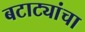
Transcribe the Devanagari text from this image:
बटाट्यांचा